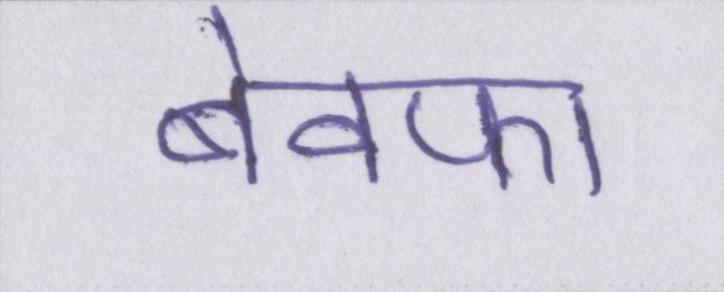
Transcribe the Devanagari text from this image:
बेवफा